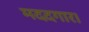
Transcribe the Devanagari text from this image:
मददगार।